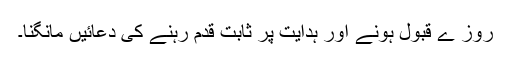
روز ے قبول ہونے اور ہدایت پر ثابت قدم رہنے کی دعائیں مانگنا۔